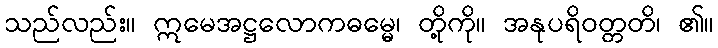
သည်လည်း။ ဣမေအဋ္ဌလောကဓမ္မေ၊ တို့ကို။ အနုပရိဝတ္တတိ၊ ၏။